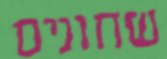
שחונים